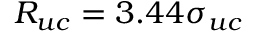
R _ { u c } = 3 . 4 4 \sigma _ { u c }